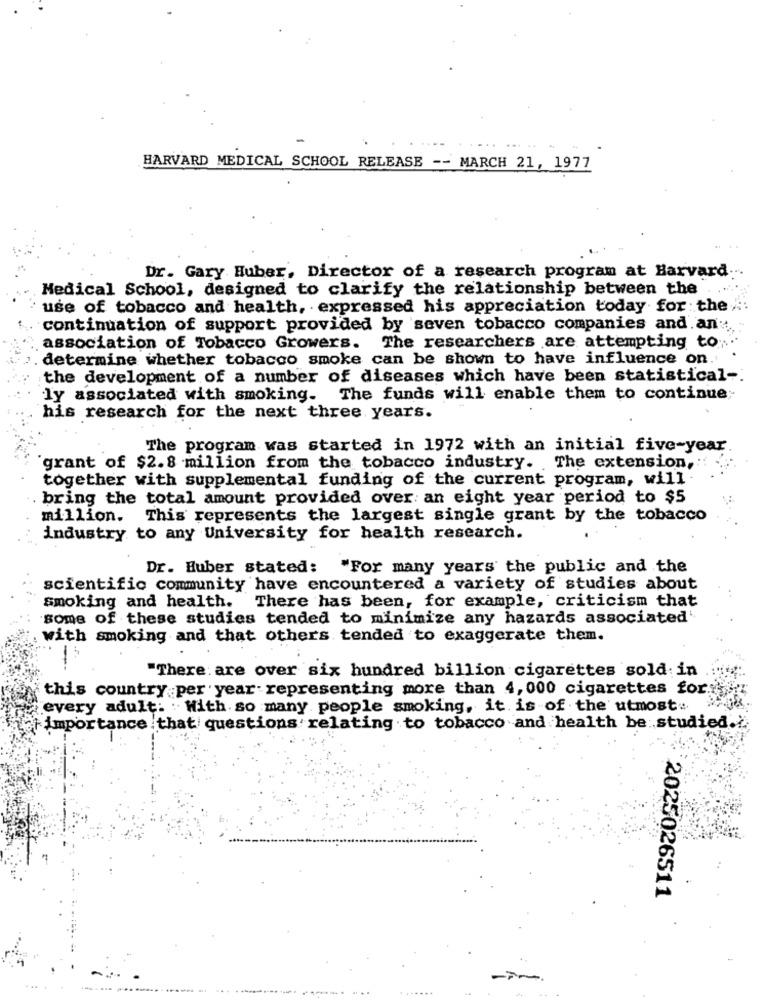
HARVARD MEDICAL SCHOOL RELEASE -- MARCH 21, 1977
Dr. Gary Huber, Director of a research program at Harvard
Medical School, designed to clarify the relationship between the
use of tobacco and health, expressed his appreciation today for the
continuation of support provided by seven tobacco companies and .an:
association of Tobacco Growers. The researchers are attempting to
determine whether tobacco smoke can be shown to have influence on.
the development of a number of diseases which have been statistical-
ly associated with smoking. The funds will enable them to continue;
his research for the next three years.
The program was started in 1972 with an initial five-year
grant of $2.8 million from the tobacco industry. The extension,
together with supplemental funding of the current program, will
bring the total amount provided over an eight year period to $5
million. This represents the largest single grant by the tobacco
industry to any University for health research.
Dr. Huber stated: "For many years the public and the
scientific community have encountered a variety of studies about
smoking and health. There has been, for example, criticism that
some of these studies tended to minimize any hazards associated
with smoking and that others tended to exaggerate them.
"There are over six hundred billion cigarettes sold in
this country per year representing more than 4, 000 cigarettes for.
every adult. . With so many people smoking, it is of the utmost
importance that questions relating to tobacco and health be studied ...
2025026511